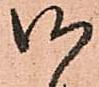
御